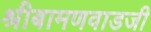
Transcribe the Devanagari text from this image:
श्रीबामणवाडजी